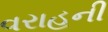
વરાહની